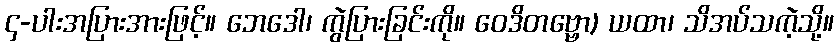
၄-ပါးအပြားအားဖြင့်။ ဘေဒေါ၊ ကွဲပြားခြင်းကို။ ဝေဒိတဗ္ဗော) ယထာ၊ သိအပ်သကဲ့သို့။